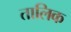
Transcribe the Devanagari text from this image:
तालिक